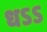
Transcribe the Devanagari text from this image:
धऽऽ